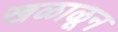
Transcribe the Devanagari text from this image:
खळाळून